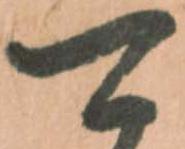
可